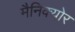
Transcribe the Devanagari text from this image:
मैनिक्‍योर